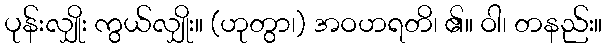
ပုန်းလျှိုး ကွယ်လျှိုး။ (ဟုတွာ၊) အဝဟရတိ၊ ၏။ ဝါ၊ တနည်း။